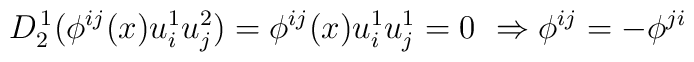
D_2^{\, 1}(\phi^{ij}(x)u^1_iu^2_j) =\phi^{ij}(x)u^1_iu^1_j = 0\ \Rightarrow \phi^{ij} = -\phi^{ji}